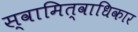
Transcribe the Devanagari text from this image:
स्वामित्वाधिकार